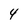
Character: 4